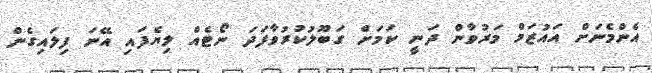
އެންމެނަށް އައުޒަމް މަރުވާން ދަނީ ކަމަށް ގަބޫލުކުރުވާފަދަ ނޯޓެއް ލިޔެފައި އޭނަ ފިލައިގެން